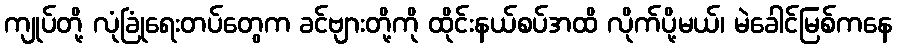
ကျုပ်တို့ လုံခြုံရေးတပ်တွေက ခင်ဗျားတို့ကို ထိုင်းနယ်စပ်အထိ လိုက်ပို့မယ်၊ မဲခေါင်မြစ်ကနေ